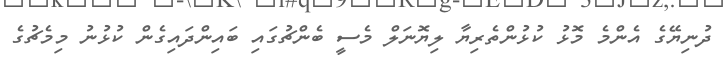
ދުނިޔޭގެ އެންމެ މޮޅު ކުޅުންތެރިޔާ ލިޔޮނަލް މެސީ ބެންޗުގައި ބައިންދައިގެން ކުޅުނު މިމެޗުގެ